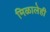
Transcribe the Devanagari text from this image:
मिळालेही